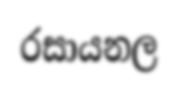
රසායනල